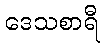
ဒေသစာရီ